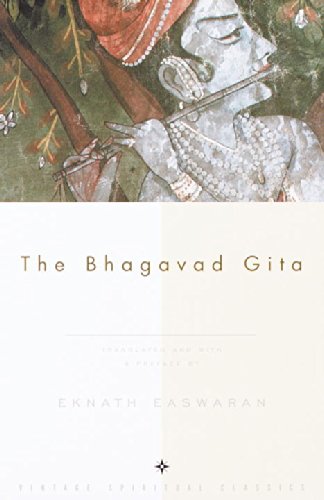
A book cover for The Bhagavad Gita; Religion & Spirituality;